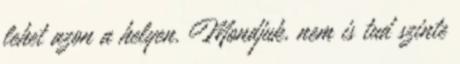
lehet azon a helyen. Mondjuk, nem is tud szinte